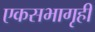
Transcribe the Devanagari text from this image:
एकसभागृही